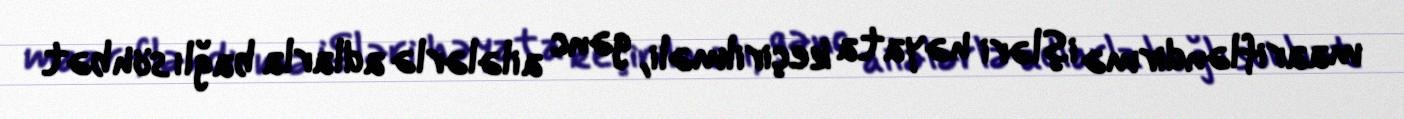
maarifləndirmə işləri həyata keçirilməli, gənc ailələrlə adlarla bağlı söhbət